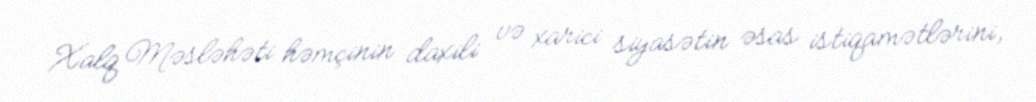
Xalq Məsləhəti həmçinin daxili və xarici siyasətin əsas istiqamətlərini,